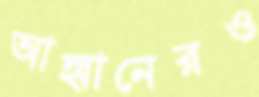
আহ্বানেরও